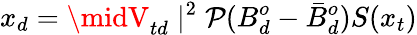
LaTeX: x_{d}=\midV_{td}\mid^{2}\mathcal{P}(B_{d}^{o}-\bar{{B}}_{d}^{o})S(x_{t})